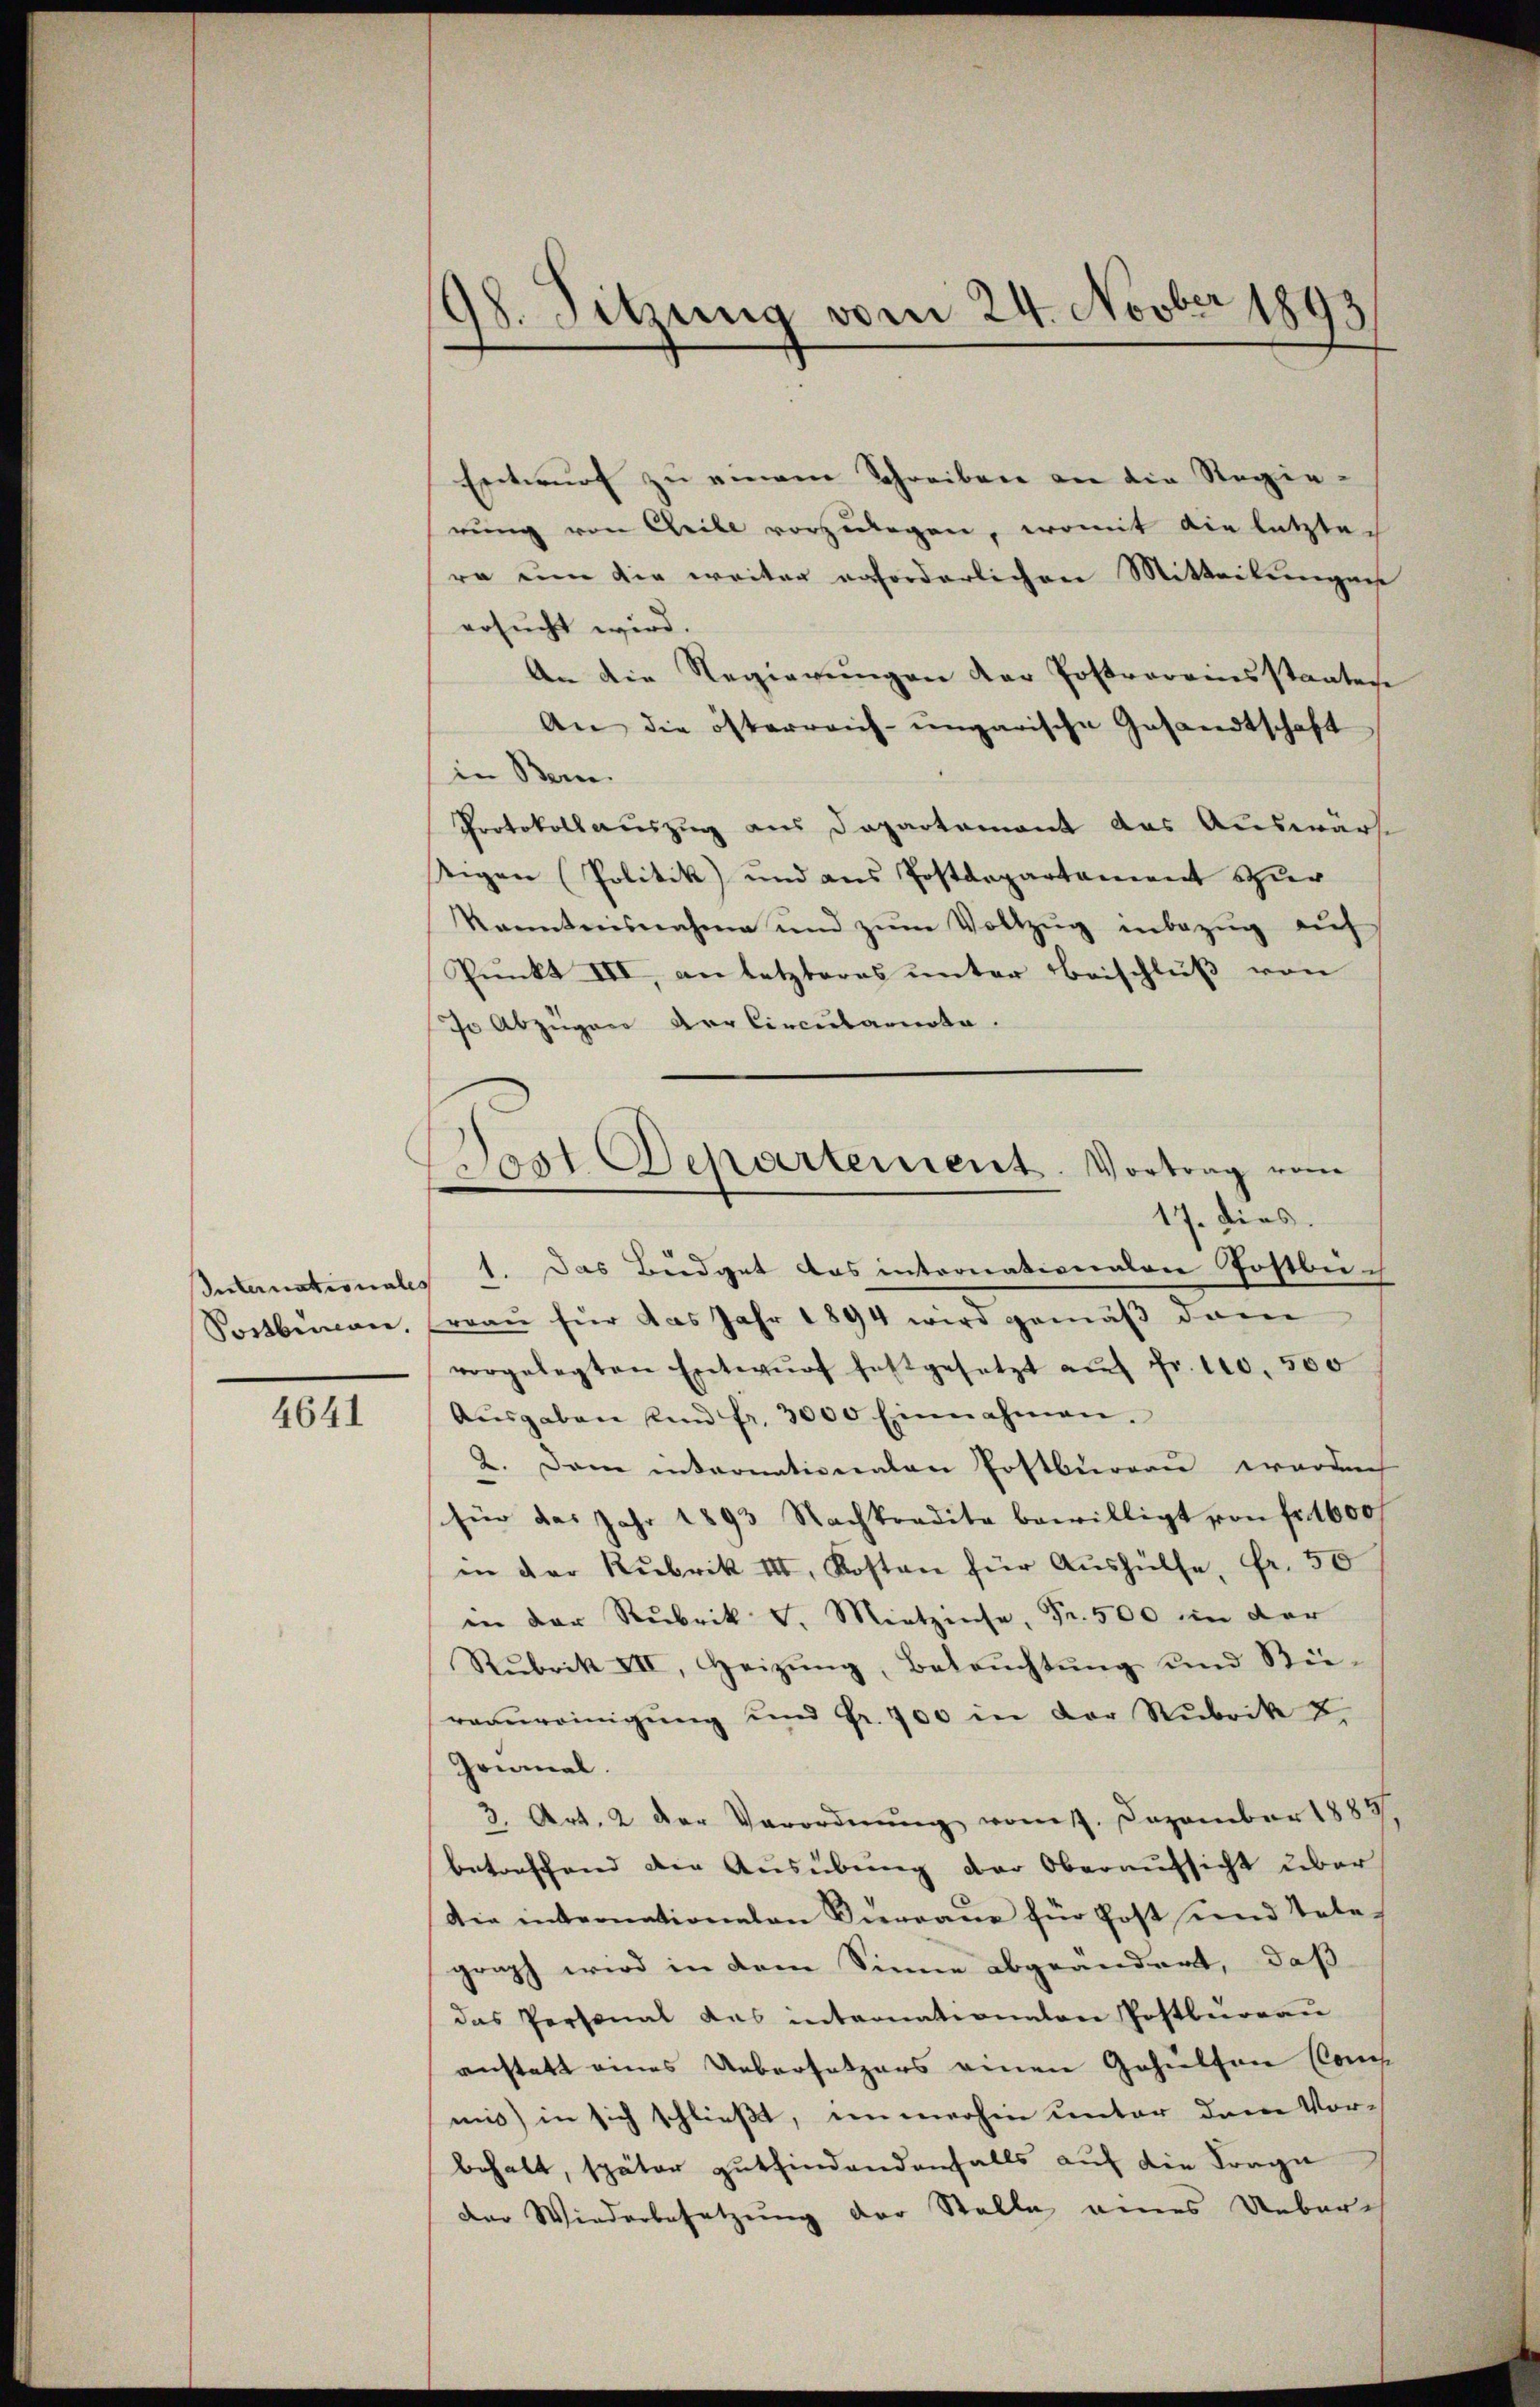
Sortbenau.

4641

98. Sitzung vom 24. Novber 1893

ost Departement. Vortrag vom
17. dies.

Entwurf zu einem Schreiben an die Regierung von Geile vorzulegen, womit die letzte
ra um die weiter erforderlichen Mitteilungen
ersucht wird.
An die Regierŭngen der Postvereinsstaaten
An die österreich-ungarische Gesandtschaft
in Bern.
Protokollauszug aus Departement das Auswärs
sigen (Politik und aus Postdepartement sur
kanntnisnahme und zŭm Vollzŭg inbezŭg aŭf
Punkt III, an letzteres unter Beischluß von
Jo Abzügen der Circulariote.
Internationales 1. Das Büdget das intronationalen Postbuch
reau für das Jahr 1894 wird gemäß dem
vorgelegten Entwŭrf festgesetzt aŭf Fr. 110. 500
Aŭsgaben und fr. 3000 Einnahmen.
2. Dann internationalen Postburgau, werdach
für das Jahr 1893 Nachtradita bewilligt von fr. 1600 f
in der Rubrik III. Kosten für Aushülfe, Fr. 50
in der Rubrik v. Mitzinse, Fr. 500 in der
Rubrik III, Heizŭng, Betrŭchtŭng und Bie-
raunreinigung und Fr. 700 in der Rubrik u.
Grianal
3. Art. 2 der Verordnŭng vom 17. Dezember 1885.
betreffend die Ausübung der Oberaufsicht über
die internationalen Vergane für Post und Tele-
graph wird in dem Sinne abgeändert, daß
das Personat des internationalen Postbureau
enstatt eines Uebersetzers einen Gehülfen Com
mis) in sich schließt, immerhin unter dem Vor-
behalt, später gutfindendenfalls auf die Frage
der Wiederbesetzung der Stelle eines Ueberech